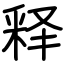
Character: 释